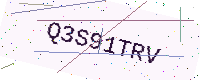
Text: Q3S91TRV